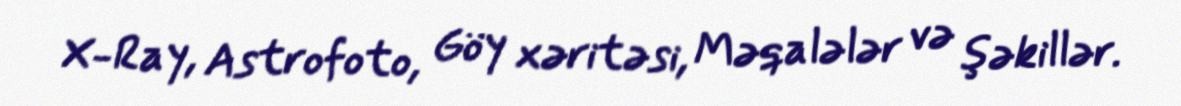
X-Ray, Astrofoto, Göy xəritəsi, Məqalələr və şəkillər.